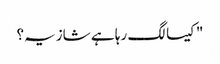
"کیسا لگ رہا ہے شازیہ؟